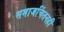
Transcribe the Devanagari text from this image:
समाजचिंतनही